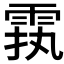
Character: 𲉵